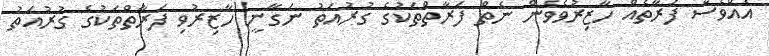
އެއްވެސް ފަރާތެއް ހާޒިރުވެވެން ނެތް ފަރާތްތަކުގެ ގުރުއަތު ނަގާނީ ހާޒިރުވި ފަރާތްތަކުގެ ގުރުއަތު